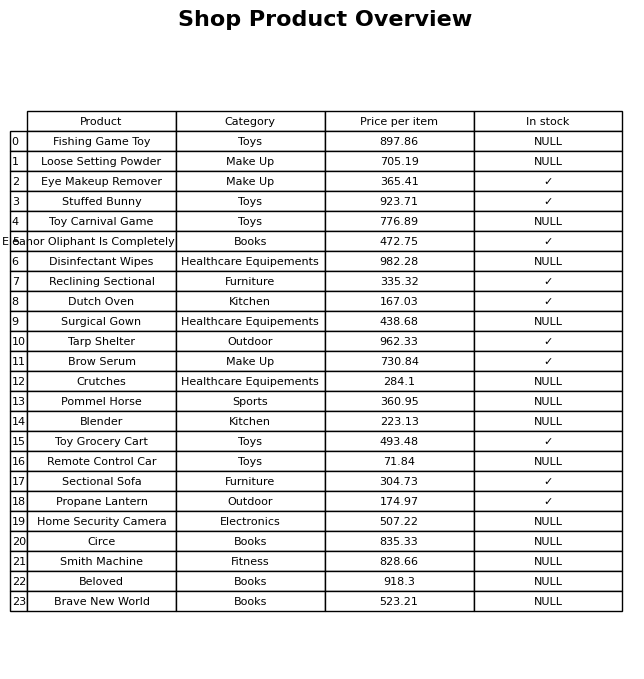
question: What is the price of the Beloved?
answer: The price of Beloved is 918.3.